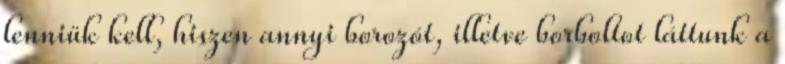
lenniük kell, hiszen annyi borozót, illetve borboltot láttunk a